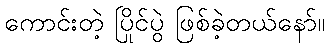
ကောင်းတဲ့ ပြိုင်ပွဲ ဖြစ်ခဲ့တယ်နော်။